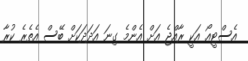
އެސްޓީއޯ އަކީ ރާއްޖެ އަށް އެންމެ ގިނަ އަދަދަކަށް ބޭސް އެތެރެ ކުރާ